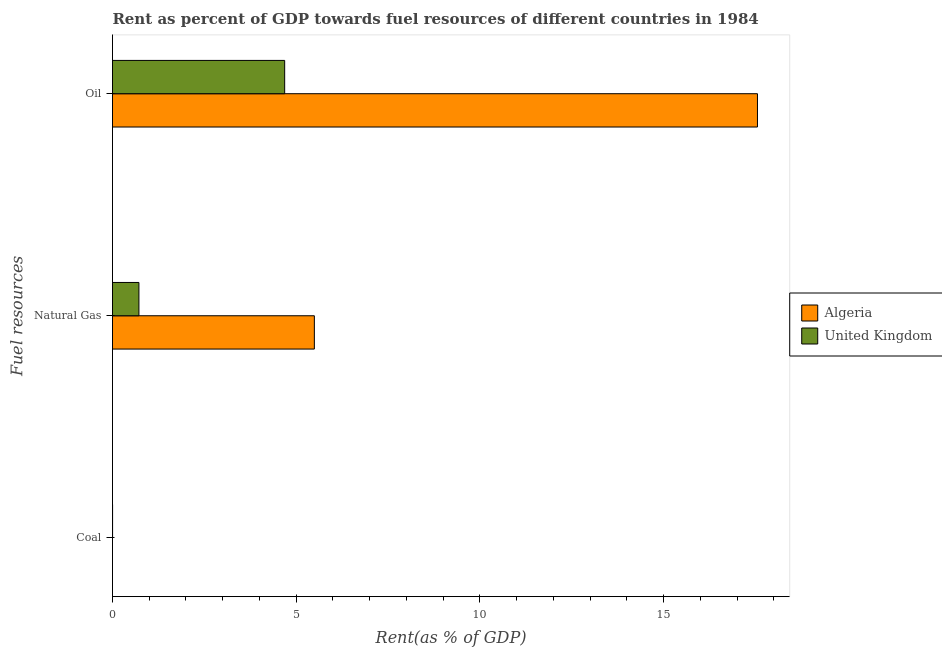
| Fuel resources | Algeria | United Kingdom |
 | --- | --- | --- |
 | Coal | 6.53e-05 | 0.00213 |
 | Natural Gas | 5.49 | 0.719 |
 | Oil | 17.6 | 4.69 |